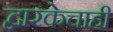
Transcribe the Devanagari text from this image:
द्वारकेचाही